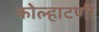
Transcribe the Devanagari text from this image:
कोल्हाटणी